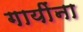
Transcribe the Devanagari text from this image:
गायींना